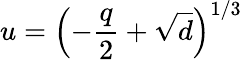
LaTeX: u=\left(-\frac{q}{2}+\sqrt{d}\right)^{1/3}